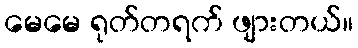
မေမေ ရုတ်တရက် ဖျားတယ်။